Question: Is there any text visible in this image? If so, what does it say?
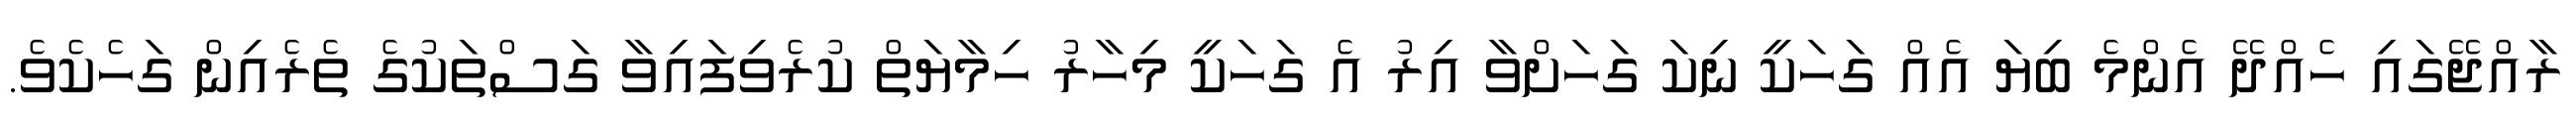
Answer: ރާއްޖޭގައި ހެއްދޭ އެންމެ ބިޔަ އެއް ގަހަކީ ނިކަ ގަހަށްވާ އިރު އެ ގަހަކީ މިހާރު ހިމާޔަތް ކުރެވިފައިވާ ގަސްތަކުގެ ތެރެއިން ގަހެކެވެ.